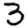
Digit: 3